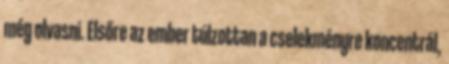
még olvasni. Elsőre az ember túlzottan a cselekményre koncentrál,